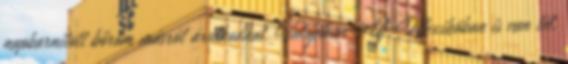
napbarnított bőröm másról árulkodhat. Valójában Új-Mexikóban is van tél.